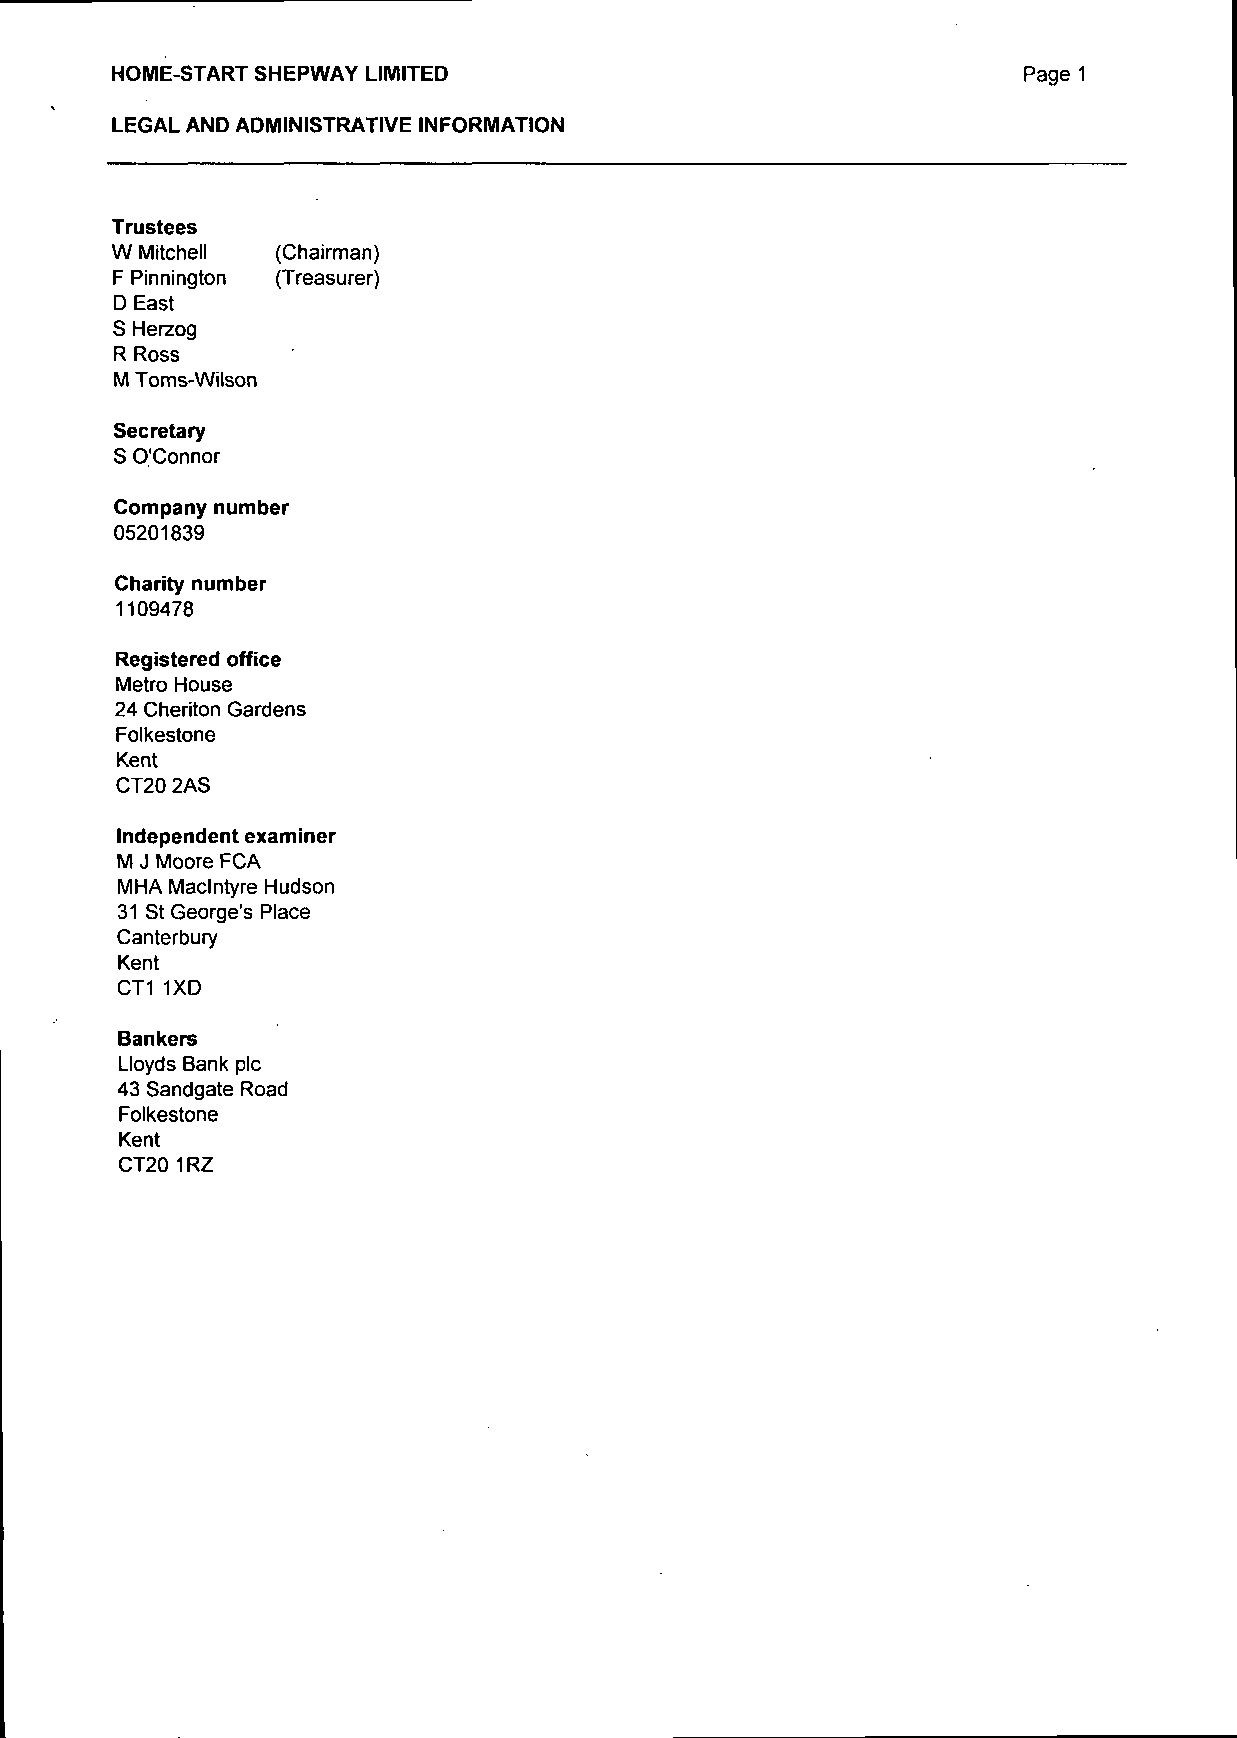
HOME-START SHEPWAY LIMITED                                   Page 1
 LEGAL AND ADMINISTRATIVE INFORMATION
 Trustees
 W Mitchell (Chairman)
 F Pinnington (Treasurer)
 D East
 S Herzog
 R Ross
 M Toms-Wilson
 Secretary
 S O'Connor
 Company number
 05201839
 Charity number
 1109478
 Registered office
 Metro House
 24 Cheriton Gardens
 Folkestone
 Kent
 CT20 2AS
 Independent examiner
 M J Moore FCA
 MHA Maclntyre Hudson
 31 St George's Place
 Canterbury
 Kent
 CT11XD
 Bankers
 Lloyds Bank pic
 43 Sandgate Road
 Folkestone
 Kent
 CT201RZ